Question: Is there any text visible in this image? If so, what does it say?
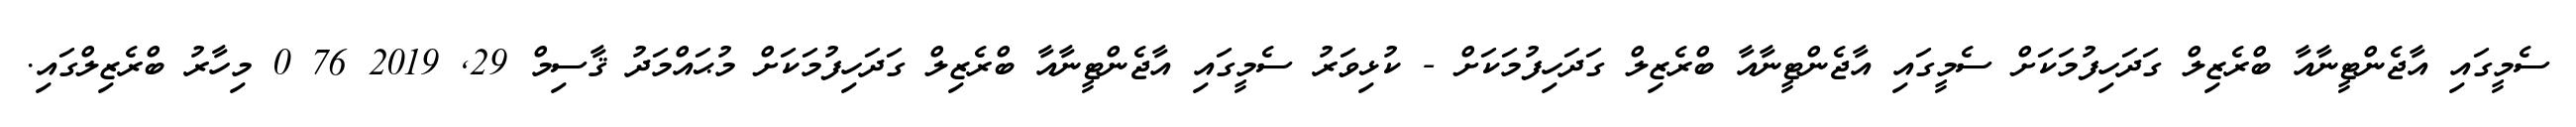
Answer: ސެމީގައި އާޖެންޓީނާއާ ބްރެޒިލް ގަދަހިފުމަކަށް ސެމީގައި އާޖެންޓީނާއާ ބްރެޒިލް ގަދަހިފުމަކަށް - ކުޅިވަރު ސެމީގައި އާޖެންޓީނާއާ ބްރެޒިލް ގަދަހިފުމަކަށް މުޙައްމަދު ޤާސިމް 29, 2019 76 0 މިހާރު ބްރެޒިލްގައި.